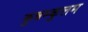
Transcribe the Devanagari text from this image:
कुन्नम्कुलम